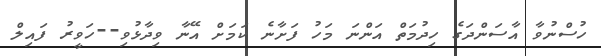
ހުސްނުވާ އާސަންދަގެ ހިދުމަތް އަންނަ މަހު ފަށާނެ ކަމަށް އޭނާ ވިދާޅުވި--ހަވީރު ފައިލް